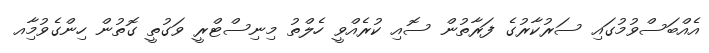
އެއްބަސްވުމުގައި ސަރުކާރުގެ ފަރާތުން ސޮއި ކުރެއްވީ ހެލްތު މިނިސްޓްރީ ވަގުތީ ގޮތުން ހިންގެވުމާިއ